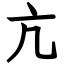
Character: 亢